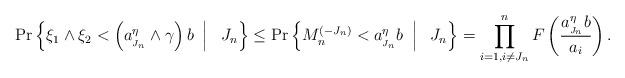
LaTeX: \begin{align*} \Pr \left\{ \xi_1 \wedge \xi_2 < \left(a_{_{J_n}}^\eta \wedge \gamma\right) b \ \left|\frac{}{}\right. \ J_n \right\} &\leq \Pr \left\{ M_n^{(-J_n)} < a_{_{J_n}}^\eta b \ \left|\frac{}{}\right. \ J_n \right\} = \prod_{i=1, i \neq J_n}^n F\left( \frac{ a_{_{J_n}}^\eta b}{a_i} \right). \end{align*}